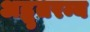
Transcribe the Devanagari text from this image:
अद्भुतरम्य